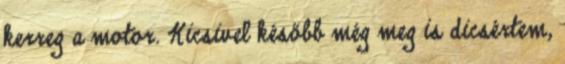
kerreg a motor. Kicsivel később még meg is dicsértem,